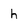
Character: h